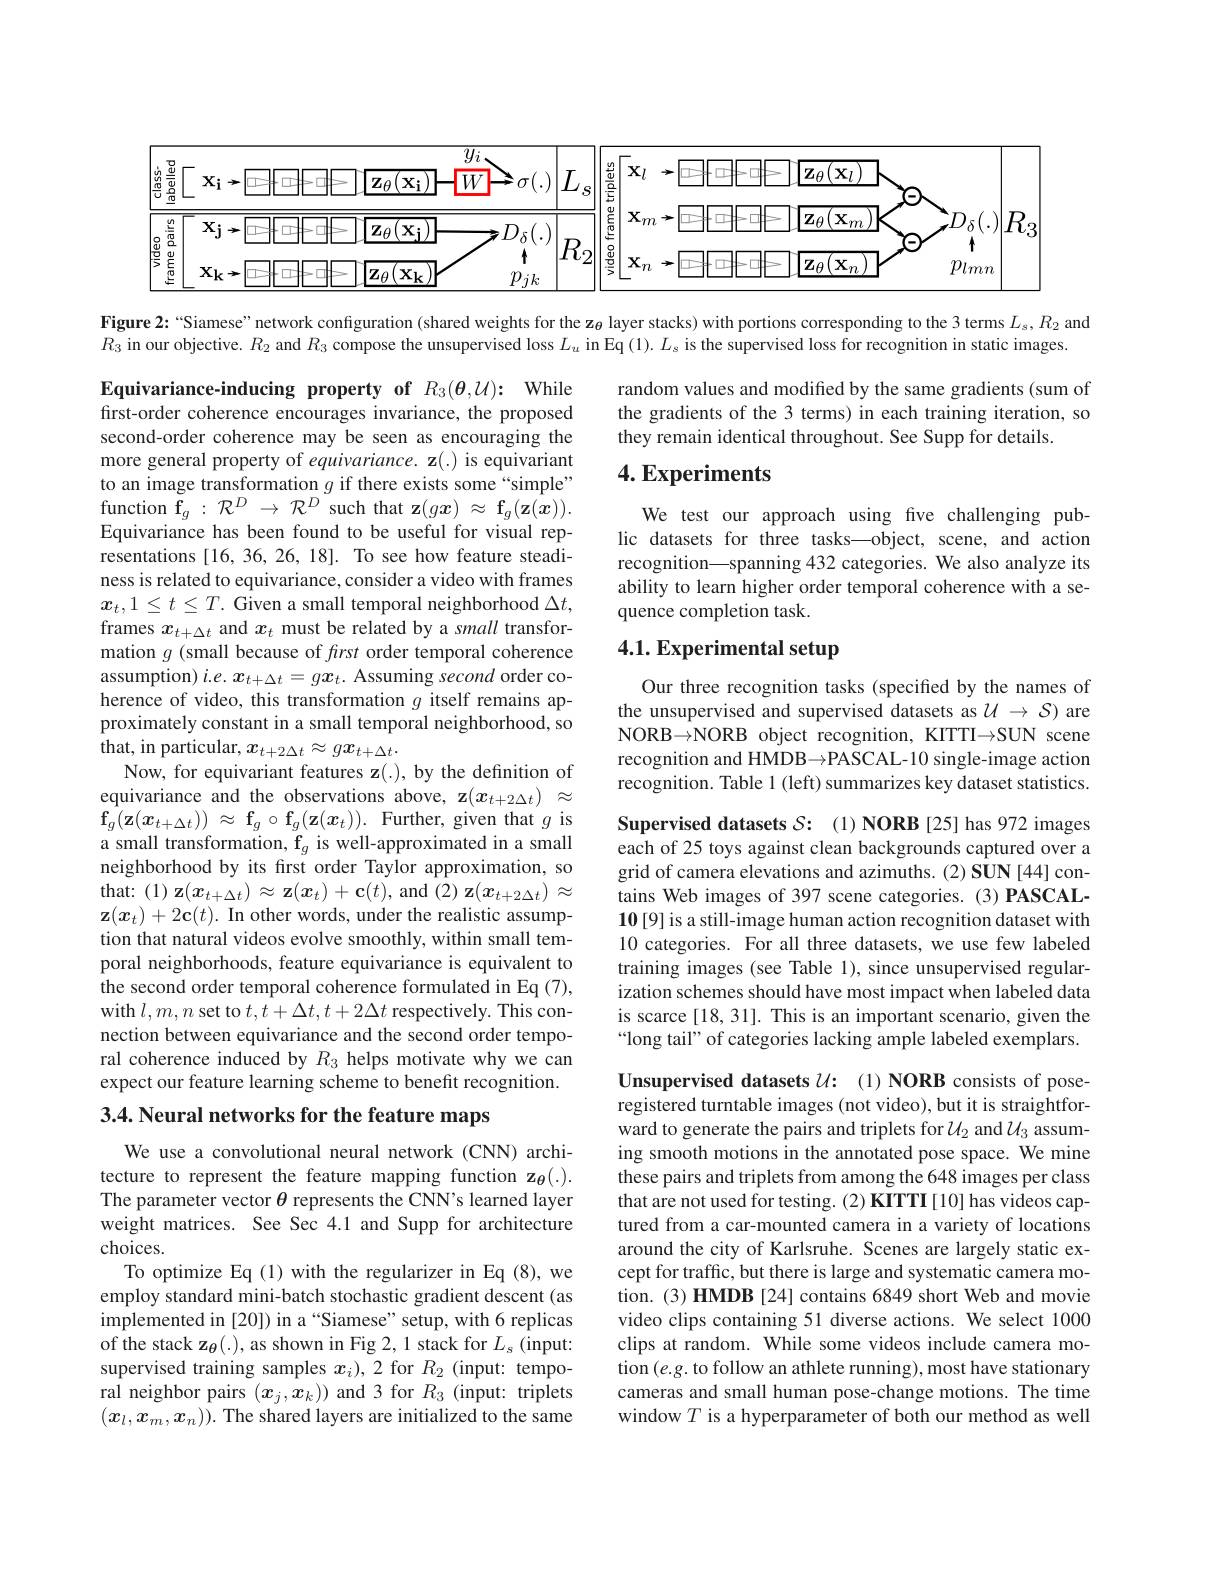
<FigureHere>

Figure 2:“Siamese”network configuration (shared weights for the z$_{\theta}$ layer stacks) with portions corresponding to the 3 terms $L_s,R_2$ and

$R_{3}$ in our objective. $R_2$ and $R_3$ compose the unsupervised loss $L_u$ in Eq (1). $L_s$ is the supervised loss for recognition in static images

random values and modified by the same gradients (sum of the gradients of the 3 terms) in each training iteration, so they remain identical throughout. See Supp for details.

## $4. \textbf{Experiments}$

We test our approach using five challenging public datasets for three tasks—object, scene, and action recognition\_spanning 432 categories. We also analyze its ability to learn higher order temporal coherence with a sequence completion task.

# 4.1. Experimental setup

Our three recognition tasks (specified by the names of the unsupervised and supervised datasets as $\mathcal{U}\to\mathcal{S}$) are NORB→NORB object recognition, KITTI→SUN scene recognition and HMDB→PASCAL-10 single-image action recognition. Table 1 (left) summarizes key dataset statistics.

Equivariance-inducing property of $R_3( \theta , \mathcal{U} ) \nobreak {: } $ While first-order coherence encourages invariance, the proposed second-order coherence may be seen as encouraging the more general property of equivariance. z(.) is equivariant to an image transformation $g$ if there exists some“simple” function $\mathbf f_g:\mathcal{R}^D\to\mathcal{R}^D$ such that z$(gx)\approx\mathbf f_g(\mathbf{z}(x)).$ Equivariance has been found to be useful for visual representations [16, 36, 26, 18]. To see how feature steadiness is related to equivariance, consider a video with frames $x_t,1\leq t\leq T.$ Given a small temporal neighborhood $\Delta t$, frames $x_t+\Delta t$ and $x_t$ must be related by a small transformation $g$ (small because of frst order temporal coherence assumption) $i.e.x_{t+\Delta t}=gx_t.$ Assuming second order coherence of video, this transformation $g$ itself remains approximately constant in a small temporal neighborhood, so ${\mathrm{that,~in~particular,~}x_{t+2\Delta t}}\approx gx_{t+\Delta t}.$
Now, for equivariant features z(.), by the definition of equivariance and the observations above, z$(x_{t+2\Delta t})\approx$ $\mathbf{f} _{g}( \mathbf{z} ( x_{t+ \Delta t}) )$ $\approx$ $\mathbf{f} _{g}$ $\circ$ $\mathbf{f} _{g}( \mathbf{z} ( x_{t}) ) .$ Further, given that $g$ is a small transformation, $\mathbf{f}_g$ is well-approximated in a small neighborhood by its frst order Taylor approximation, so that: (1) z$(x_t+\Delta t)\approx\mathbf{z}(x_t)+\mathbf{c}(t)$, and (2) z$(x_t+2\Delta t)\approx$ $\mathbf{z}(x_t)+2\mathbf{c}(t).$ In other words, under the realistic assumption that natural videos evolve smoothly, within small temporal neighborhoods, feature equivariance is equivalent to the second order temporal coherence formulated in Eq (7), with $l,m,n$ set to $t,t+\Delta t,t+2\Delta t$ respectively. This connection between equivariance and the second order temporal coherence induced by $R_3$ helps motivate why we can expect our feature learning scheme to benefit recognition. 3.4. Neural networks for the feature maps

Supervised datasets $S: ( 1) \textbf{NORB[ 25] has972 images}$ each of 25 toys against clean backgrounds captured over a grid of camera elevations and azimuths. (2) SUN [44] contains Web images of 397 scene categories.(3) PASCAL- $\mathbf{10}$[9] is a still-image human action recognition dataset with 10 categories. For all three datasets, we use few labeled training images (see Table 1), since unsupervised regularization schemes should have most impact when labeled data is scarce [18, 31]. This is an important scenario, given the “long tail” of categories lacking ample labeled exemplars

Unsupervised datasets $\mathcal{U} :$ $( 1) \textbf{NORB consists of pose- }$ registered turntable images (not video), but it is straightforward to generate the pairs and triplets for $\mathcal{U}_2$ and $\mathcal{U}_3$ assuming smooth motions in the annotated pose space. We mine these pairs and triplets from among the 648 images per class $\hat{\text{that are not used for testing.(2) KITTI[10] has videos cap-}}$ tured from a car-mounted camera in a variety of locations around the city of Karlsruhe. Scenes are largely static except for traffic, but there is large and systematic camera motion. (3) HMDB [24] contains 6849 short Web and movie video clips containing 51 diverse actions. We select 1000 clips at random. While some videos include camera motion $(e.g.$ to follow an athlete running), most have stationary cameras and small human pose-change motions. The time window $T$ is a hyperparameter of both our method as well

We use a convolutional neural network (CNN) architecture to represent the feature mapping function $\mathbf{z}_{\theta}(.).$ The parameter vector $\theta$ represents the CNN's learned layer weight matrices. See Sec 4.1 and Supp for architecture choices.
To optimize Eq (1) with the regularizer in Eq (8), we employ standard mini-batch stochastic gradient descent (as implemented in [20]) in a “Siamese” setup, with 6 replicas of the stack $\mathbf{z}_{\theta}(.)$, as shown in Fig 2, 1 stack for $L_{s}$ (input: supervised training samples $x_i),2$ for $R_2$ (input: temporal neighbor pairs $(x_j,x_k))$ and 3 for $R_3$ (input: triplets $(x_l,x_m,x_n)).$ The shared layers are initialized to the same